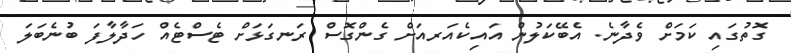
ގޮތުގައި ކަމަށް ވެދާނެ. އެބޭކަލުން އައިކެއަރއަށް ގެންގޮސް ރަނގަޅަށް ޓެސްޓެއް ހަދާލާފަ ބުނެބަލަ